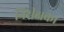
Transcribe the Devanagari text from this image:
निरीक्षक।